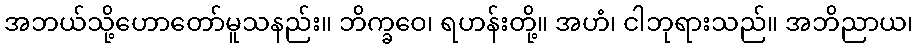
အဘယ်သို့ဟောတော်မူသနည်း။ ဘိက္ခဝေ၊ ရဟန်းတို့။ အဟံ၊ ငါဘုရားသည်။ အဘိညာယ၊